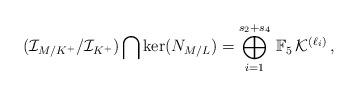
LaTeX: \begin{align*}(\mathcal{I}_{M/K^+}/\mathcal{I}_{K^+})\bigcap\ker(N_{M/L})=\bigoplus_{i=1}^{s_2+s_4}\,\mathbb{F}_5\,\mathcal{K}^{(\ell_i)}\,,\end{align*}